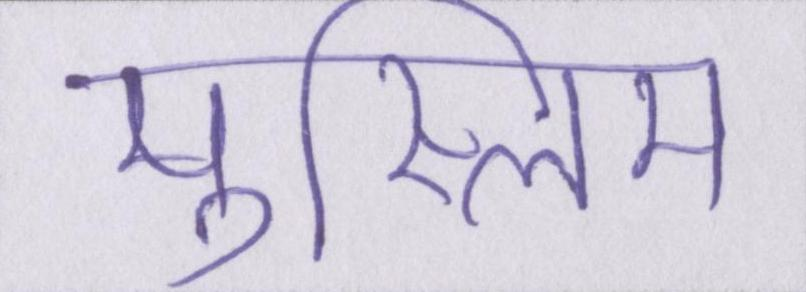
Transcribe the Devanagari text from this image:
मुस्लिम